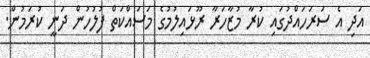
އަދި އެ ސަރަހައްދުގައި ކުރާ މުޒާހަރާ ރޫޅައިލުމުގެ މަސައްކަތް ފުލުހުން ދަނީ ކުރަމުން.